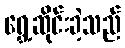
ရွှေ့ဆိုင်းခဲ့သည်